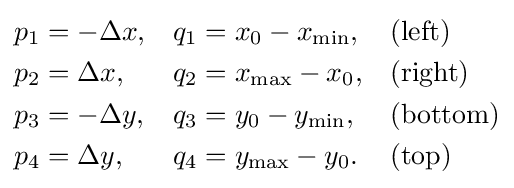
{\begin{aligned}p_{1}&=-\Delta x,&q_{1}&=x_{0}-x_{\text{min}},&&{\text{(left)}}\\p_{2}&=\Delta x,&q_{2}&=x_{\text{max}}-x_{0},&&{\text{(right)}}\\p_{3}&=-\Delta y,&q_{3}&=y_{0}-y_{\text{min}},&&{\text{(bottom)}}\\p_{4}&=\Delta y,&q_{4}&=y_{\text{max}}-y_{0}.&&{\text{(top)}}\end{aligned}}